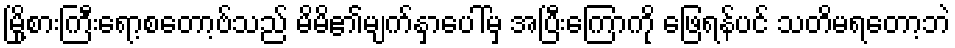
မြို့စားကြီးရော့စတော့ဗ်သည် မိမိ၏မျက်နှာပေါ်မှ အပြီးကြောကို ဖြေရန်ပင် သတိမရတော့ဘဲ